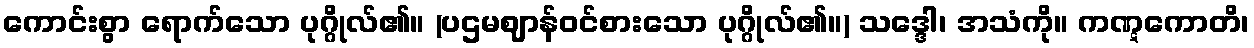
ကောင်းစွာ ရောက်သော ပုဂ္ဂိုလ်၏။ (ပဌမဈာန်ဝင်စားသော ပုဂ္ဂိုလ်၏။) သဒ္ဒေါ၊ အသံကို။ ကဏ္ဋကောတိ၊